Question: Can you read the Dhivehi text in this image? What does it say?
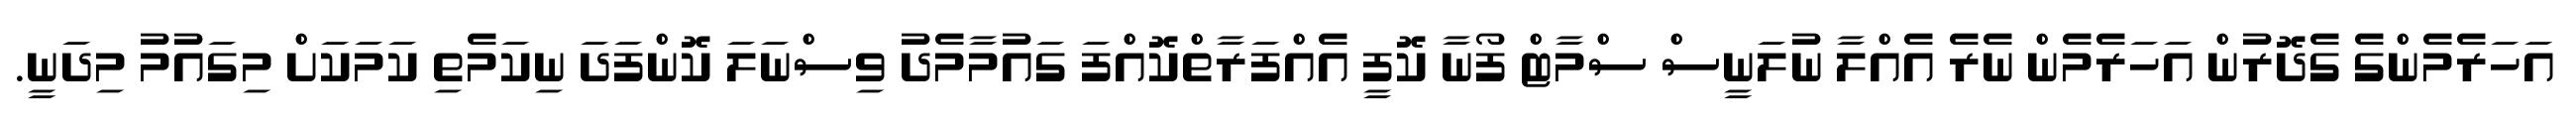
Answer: އަހަރެމެންގެ ގެދޮރުން އަހަރެމެން ނެރެ އެއްލާ ނުލަނީސް ސްމާޓް ފޯނާ ކޮފީ އެއްފަރާތްކޮއްފަ ގައުމާމެދު ވިސްނަލަ ކޮންފަދަ ނިކަމެތި ކަމަކަށް މިގައުމު މިދަނީ.